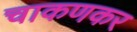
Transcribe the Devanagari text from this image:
चाकणकर